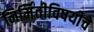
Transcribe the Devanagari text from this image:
निर्मितीविषयीचे